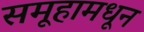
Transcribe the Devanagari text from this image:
समूहामधून